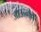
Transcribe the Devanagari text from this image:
जाऊनच